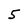
Character: 5